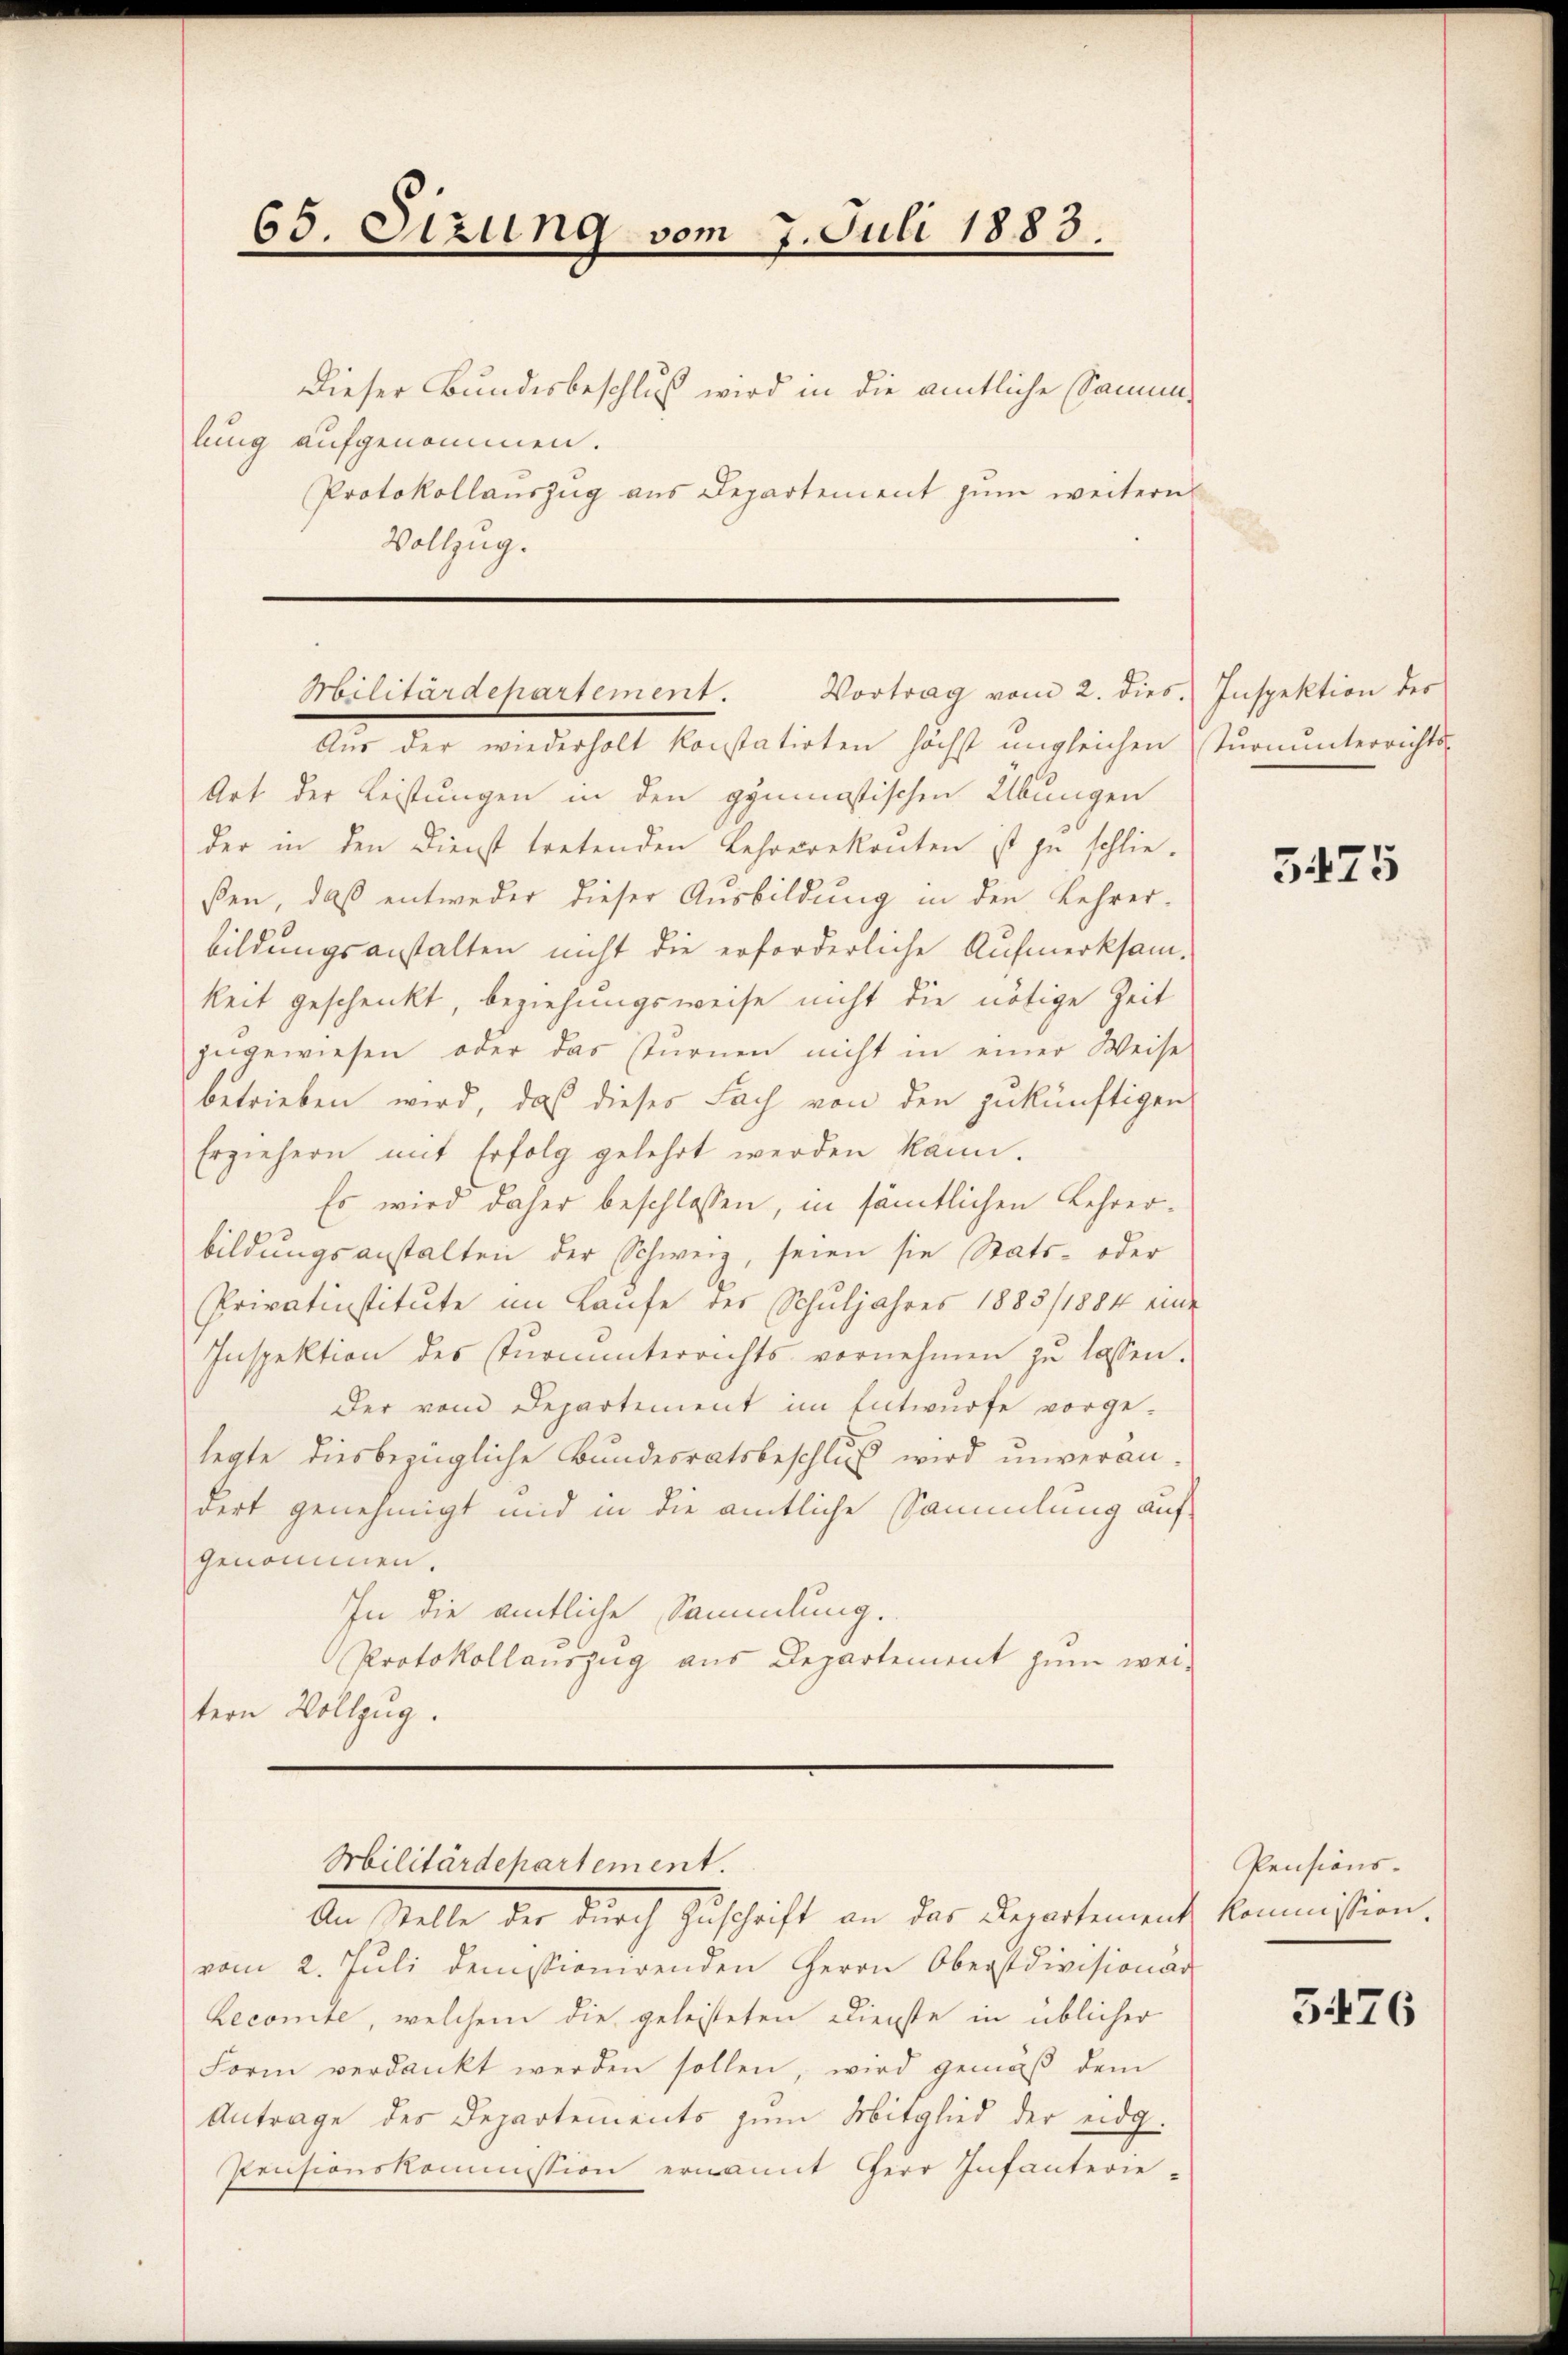
65. Sizung vom 7. Juli 1883.

Dieser Bundesbeschluß wird in die amtliche Sammlung aufgenommen.
Protokollauszug aus Departement zum weitern
Vollzug.

Militärdepartement. Vortrag vom 2. dies. Inspektion des

Aus der wiederholt konstatirten höchst ungleichen sturnunterrichts-
Art der Leistungen in den gymnastischen Übungen
der in den Dienst tretenden Lehrerekaŭten ist zu schlie-
ßen, daß entweder dieser Ausbildung in den Lehrer-
bildungsanstalten nicht die erforderliche Aufmerksam-
keit geschenkt, beziehungsweise nicht die nötige Zeit
zugewiesen, oder das sturnen nicht in einer Weise
betrieben wird, daß dieses Fach von den zukünftigen
Erziehern mit Erfolg gelehrt werden kann.
Es wird daher beschlossen, in sämtlichen Lehrerbildungsanstalten der Schweiz, seien sie Stats- oder
Privatinstitute im Laŭfe des Schuljahres 1885/1884 eine
Inspektion des Stŭrnŭnterrichts vornehmen zŭ lassen.
Der vom Departement im Entwurfe vorge-
legte diesbezügliche Bundesratsbeschluß wird unverandert genehmigt und in die amtliche Sammlung auf
genommen.
In die amtliche Sammlung.
Protokollauszug aus Departement zŭm wei-
tern Vollzug.
Militärdepartement.
An Stelle der durch Zuschrift an der Departemente kommißion.
vom 2. Juli demissionirenden Herrn Oberstdivisionär
Recomite, welchem die geleisteten Dienste in üblicher
Form verdankt werden sollen, wird gemäß dem
Antrage des Departements zum Mitglied der eidg.
Pensionskommission ernannt Herr Infanterie-

5475

Pensions-

3476